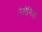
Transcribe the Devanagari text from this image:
नैसैनिक